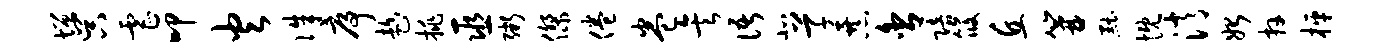
增吴虐叩火侏序趁挑巫粥杰倦卷矣语北草暴舍陪筱丘篝黜慨消始卉枰